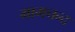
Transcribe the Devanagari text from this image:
मामचन्द